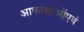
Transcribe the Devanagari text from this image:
आकांक्षाओंएवं